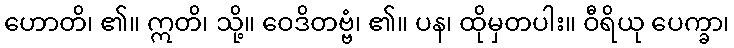
ဟောတိ၊ ၏။ ဣတိ၊ သို့။ ဝေဒိတဗ္ဗံ၊ ၏။ ပန၊ ထိုမှတပါး။ ဝီရိယု ပေက္ခာ၊